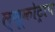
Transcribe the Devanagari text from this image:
ल्यूकोट्राप